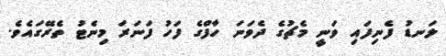
ލަނޑު ފެނިފައި ވަނީ މެޗުގެ ދެވަނަ ހާފްގެ ފަހު ފަނަރަ މިނެޓު ތެރޭގައެވެ.